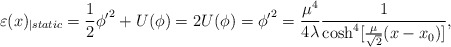
\begin{align*}\varepsilon (x)_{\mid static}=\frac{1}{2}\phi {'}^{2}+U(\phi )=2U(\phi )=\phi {'}^{2}=\frac{\mu ^{4}}{4\lambda }\frac{1}{\cosh ^{4}[\frac{\mu }{\sqrt{2}}(x-x_{0})]},\end{align*}